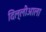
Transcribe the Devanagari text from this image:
दिल्लीआला